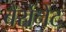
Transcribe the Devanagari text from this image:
बैर्रोनेट